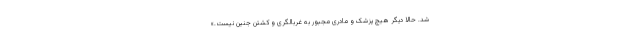
شد. حالا دیگر هیچ پزشک و مادری مجبور به غربالگری و کشتن جنین نیست.»